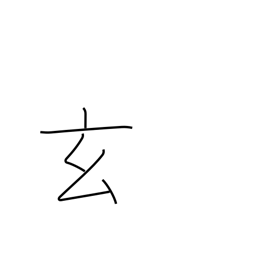
Meaning: occultness